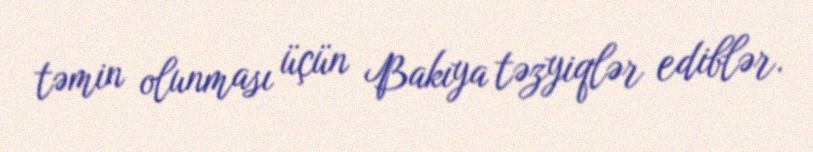
təmin olunması üçün Bakıya təzyiqlər ediblər.